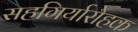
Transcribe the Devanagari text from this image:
सहगिर्यारोहक